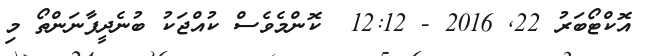
އޮކްޓޯބަރު 22